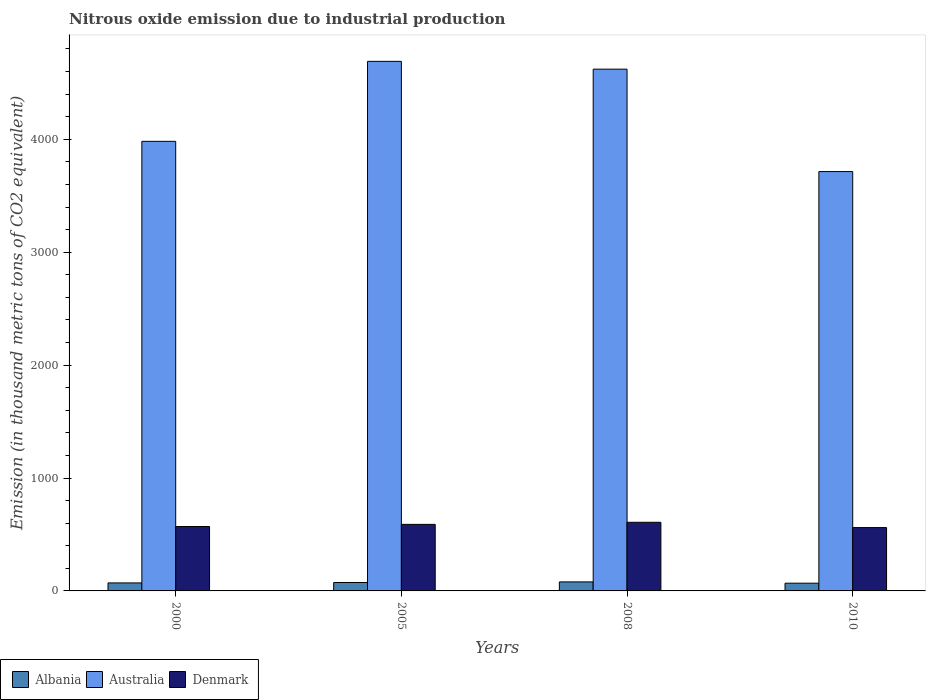
| Years | Albania | Australia | Denmark |
 | --- | --- | --- | --- |
 | 2000 | 70.9 | 3.98e+03 | 570 |
 | 2005 | 74.5 | 4.69e+03 | 589 |
 | 2008 | 79.8 | 4.62e+03 | 608 |
 | 2010 | 68.5 | 3.71e+03 | 561 |